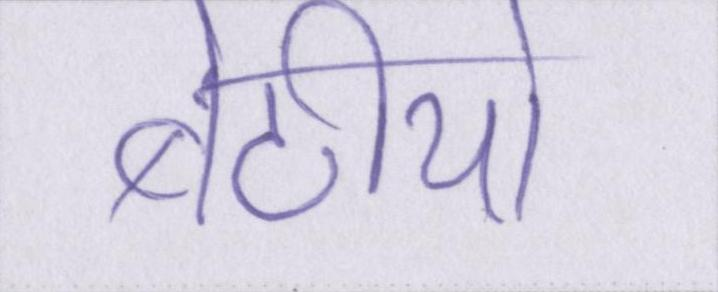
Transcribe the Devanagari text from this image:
बेटीयों